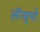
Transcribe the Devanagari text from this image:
लॅन्युगो